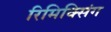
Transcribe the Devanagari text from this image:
रिमिक्सिंग